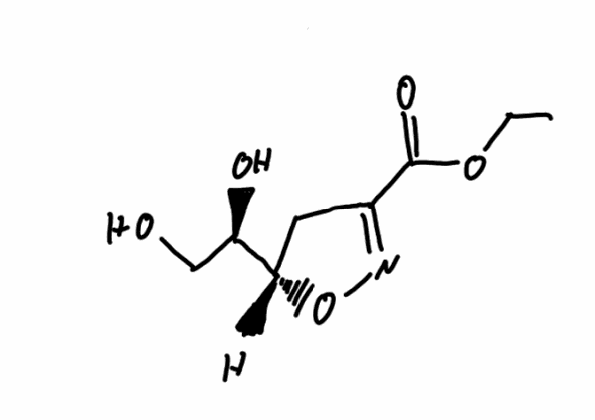
Simplified molecular-input line-entry system (SMILES) notation of the given molecule:
CCOC(=O)C1=NO[C@@H](C1)[C@@H](CO)O